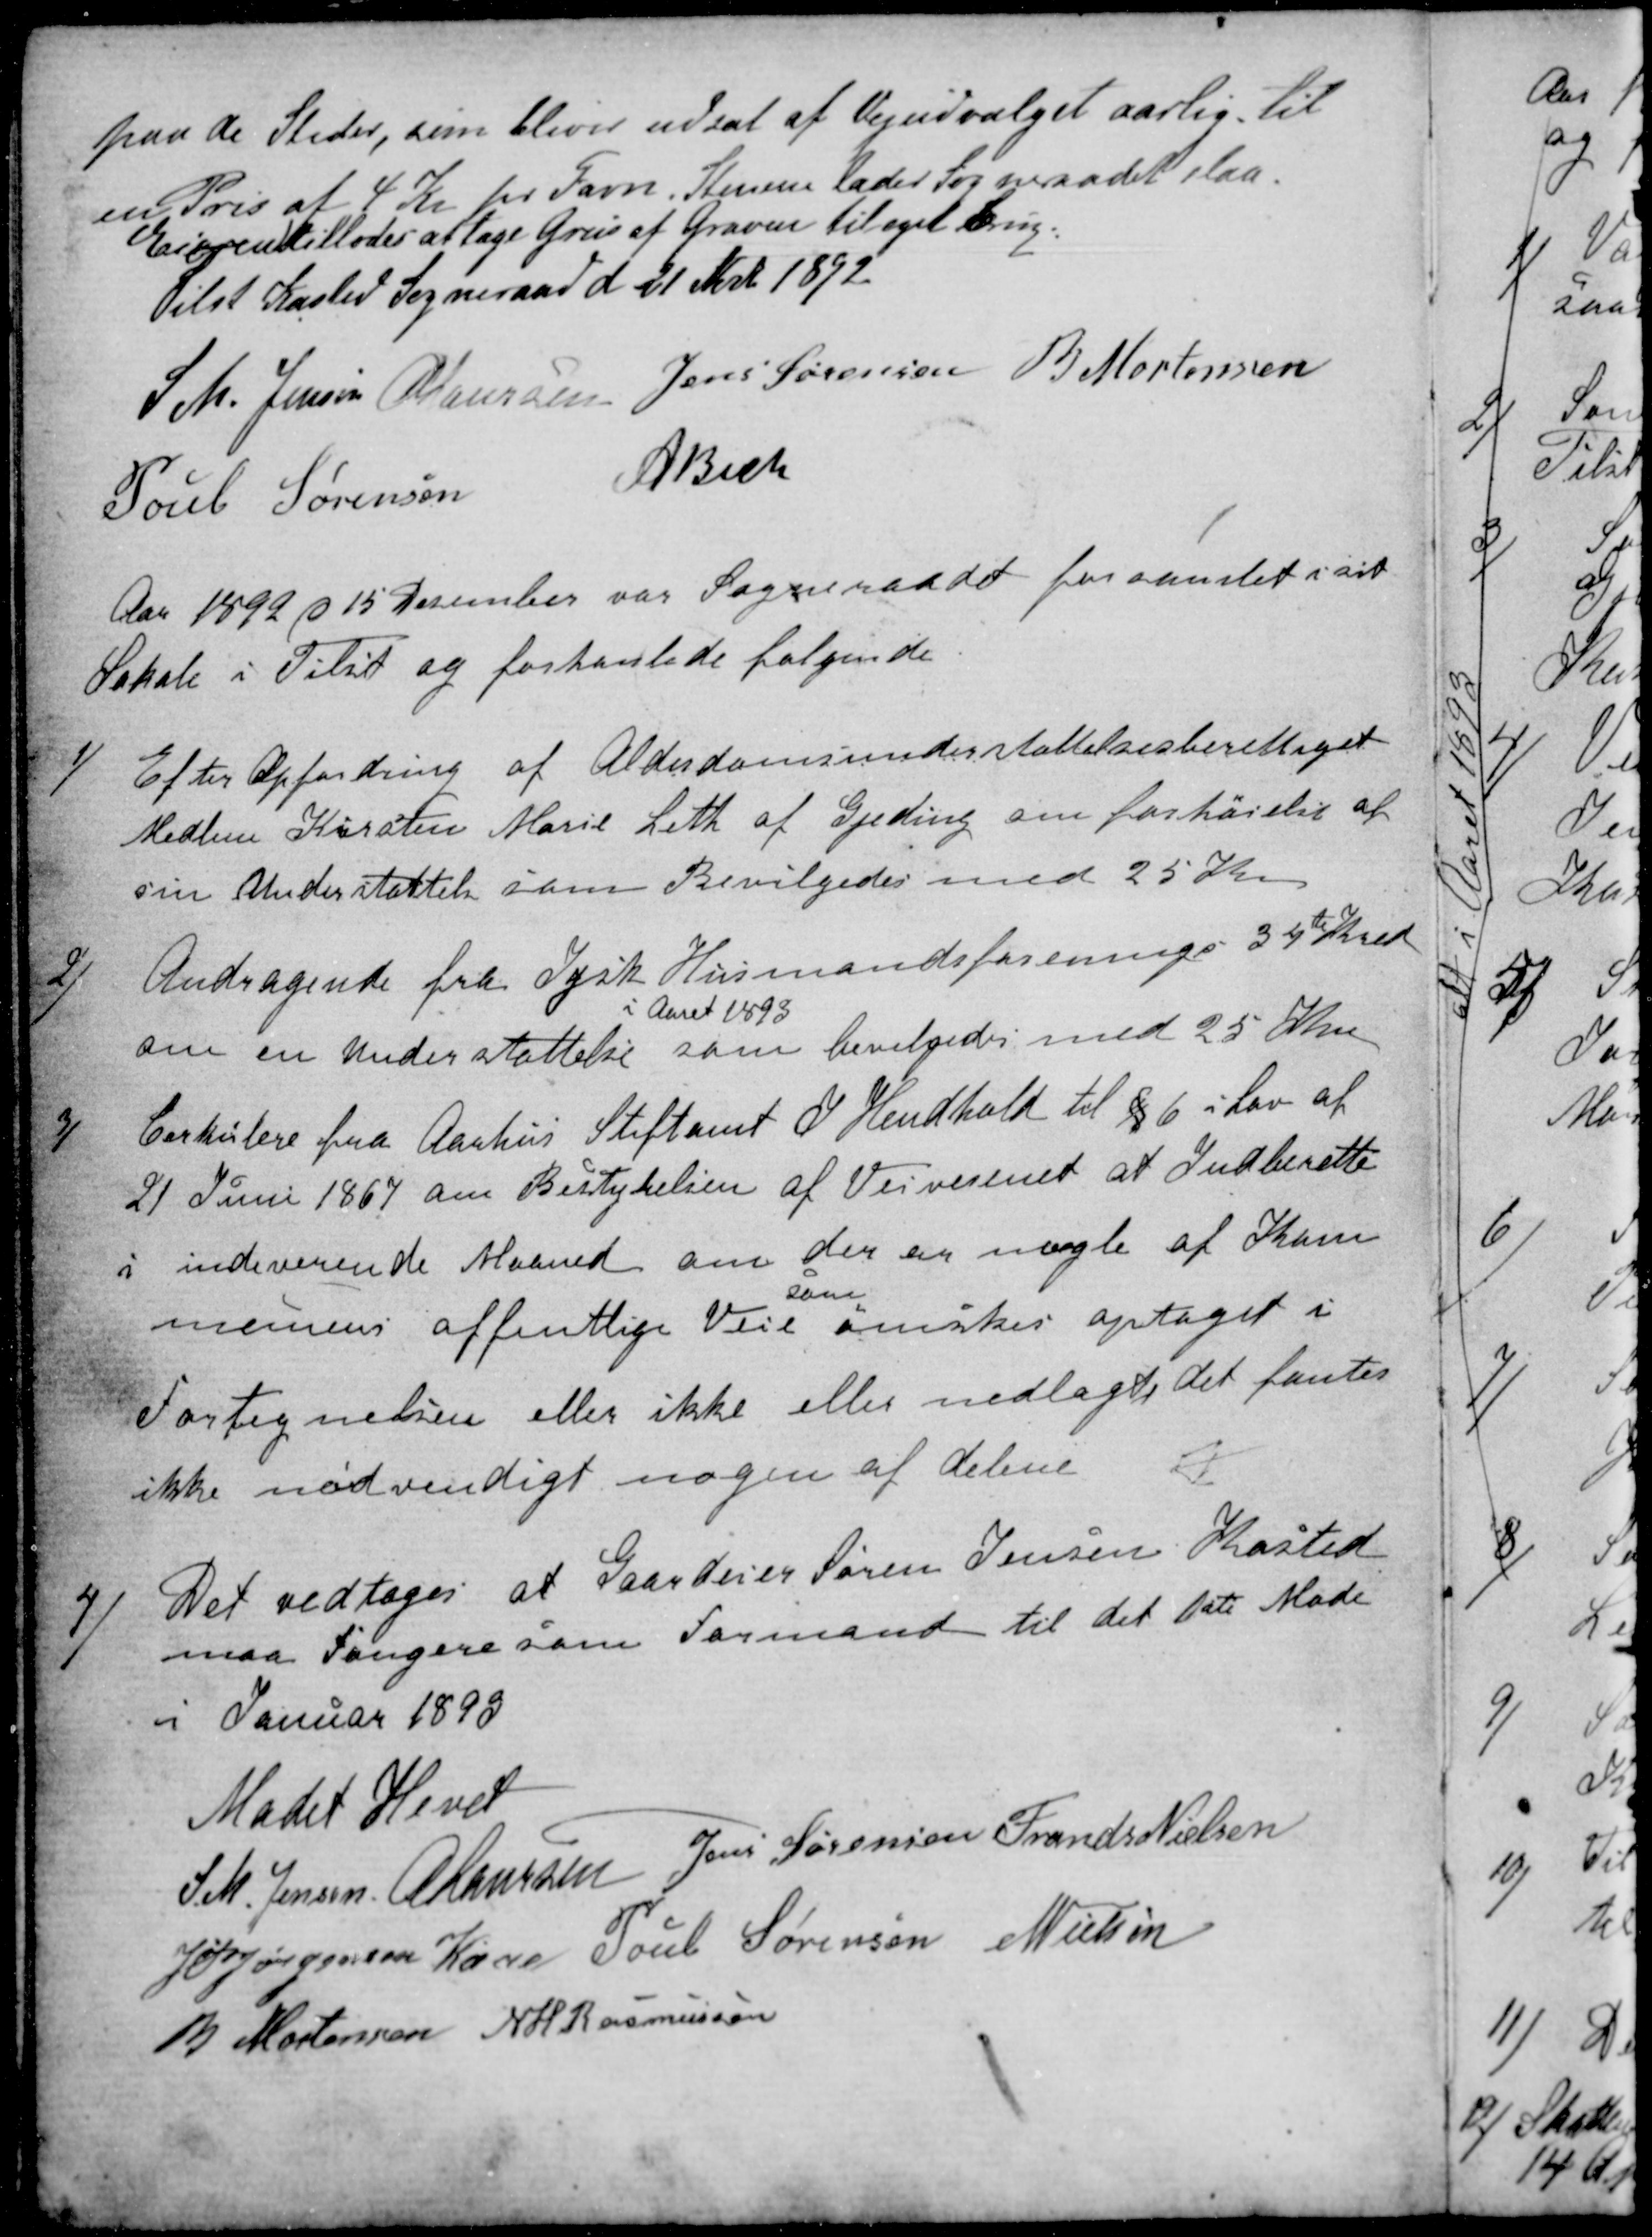
Transskription:
paa de Steder, som bliver udsat af Vejudvalget aarlig til
en Pris af 4 Kr pr Favn. Stenene lader Sogneraadet slaa.
Eieren tillodes at tage Grus af Graven til eget Brug.
Tilst Kasted Sogneraad d 21 Novb 1892
S. M. Jensen
A Laursen
Jens Sørensen 
B Mortensen
Poul Sørensen
A Bech
Aar 1892 d 15 December var Sogneraadet forsamlet i sit
Lokale i Tilst og forhanlede følgende
1)
Efter Opfordring af Alderdomsunderstøttelsesberettiget
Medlem Kirsten Marie Leth af Gjeding om forhøjelse af
sin Understøttelse som Bevilgedes med 25 Kr.
2)
Andragende fra Jysk Husmandsforenings 34te Kreds
om en Understøttelse
i Aaret 1893
som bevilgedes med 25 Kr
3)
Cirkulere fra Aarhus Stiftamt I Hendhold til § 6 i Lov af
21 Juni 1867 om Bestyrelsen af Veivæsenet at Indberette
i indeverende Maaned om der en nogle af Kom
munens offentlige Veie
som
ønskes optaget i
Fortegnelsen eller ikke eller nedlagte det fantes
ikke nødvendigt nogen af delene 
4)
Det vedtoges at Gaardeier Søren Jensen Kasted
maa fungere som Formand til det 1ste Møde
i Januar 1893
Mødet Hevet
S M. Jensen
A Laursen
Jens Sørensen
Frands Nielsen
J P Jørgensen Kaae
Poul Sørensen
N Nielsen
B Mortensen
N H  Rasmussen